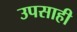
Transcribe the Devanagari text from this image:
उपसाही